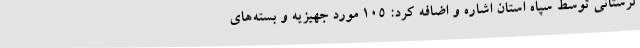
لرستانی توسط سپاه استان اشاره و اضافه کرد: 105 مورد جهیزیه و بسته‌های